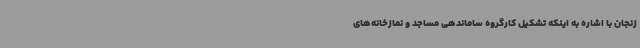
زنجان با اشاره به اینکه تشکیل کارگروه ساماندهی مساجد و نمازخانه‌های